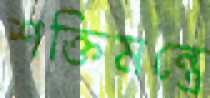
শক্তিমন্ত্রে